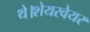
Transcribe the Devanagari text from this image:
थे।शेयरवेयर